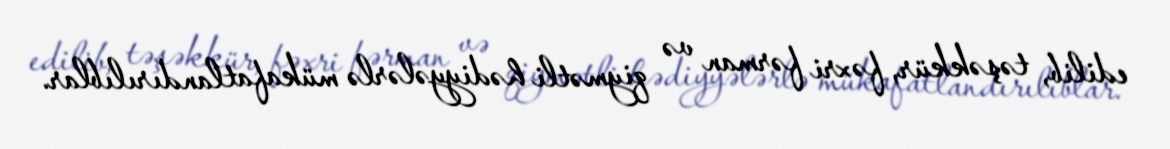
edilib, təşəkkür, fəxri fərman və qiymətli hədiyyələrlə mükafatlandırılıblar.